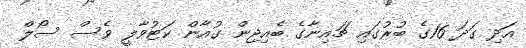
އަދި ގަދަ 16ގެ ބުރުގައި ޗައިނާގެ ބެއިޖިން ގުއާން ކަޓުވާލީ ވެސް ސޯލް